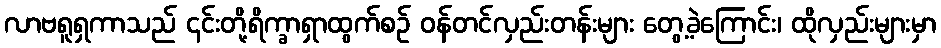
လာဗရူရှကာသည် ၎င်းတို့ရိက္ခာရှာထွက်စဉ် ဝန်တင်လှည်းတန်းများ တွေ့ခဲ့ကြောင်း၊ ထိုလှည်းများမှာ